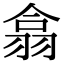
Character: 翕